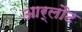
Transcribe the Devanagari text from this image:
आर्लौट